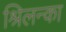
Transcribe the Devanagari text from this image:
श्रिलन्का